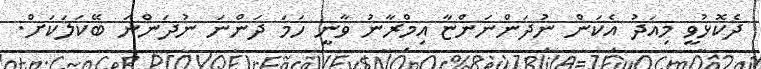
ދެކޮޅުވީ މިއަދު އެކަން ނުދަންނަންޏާ އިމްރާނު ވާނީ ހަމަ ދަންނަ ނުދަންނަ ބޭކަލަކަށް.